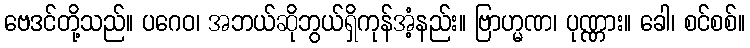
ဗေဒင်တို့သည်။ ပဂေဝ၊ အဘယ်ဆိုဘွယ်ရှိကုန်အံ့နည်း။ ဗြာဟ္မဏ၊ ပုဏ္ဏား။ ခေါ၊ စင်စစ်။